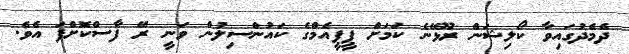
ދެމެދުގައިވާ ކޯލިޝަން ރޫޅޭނެ ކަމަށް ޕީޕީއެމްގެ ކައުންސިލުން ވަނީ ރޭ ފާސްކޮށްފަ އެވެ.